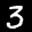
Label: 3